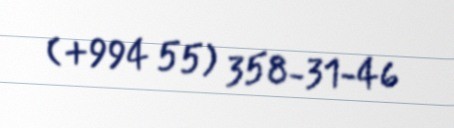
(+994 55) 358-31-46